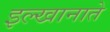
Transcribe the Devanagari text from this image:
इल्खानाते